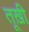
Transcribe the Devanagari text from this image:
तूख़ी